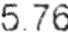
5.76